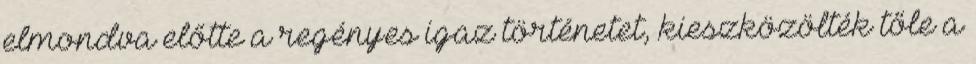
elmondva előtte a regényes igaz történetet, kieszközölték tőle a